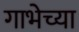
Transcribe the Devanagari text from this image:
गाभेच्या